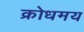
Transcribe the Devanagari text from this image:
क्रोधमय